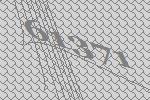
61371